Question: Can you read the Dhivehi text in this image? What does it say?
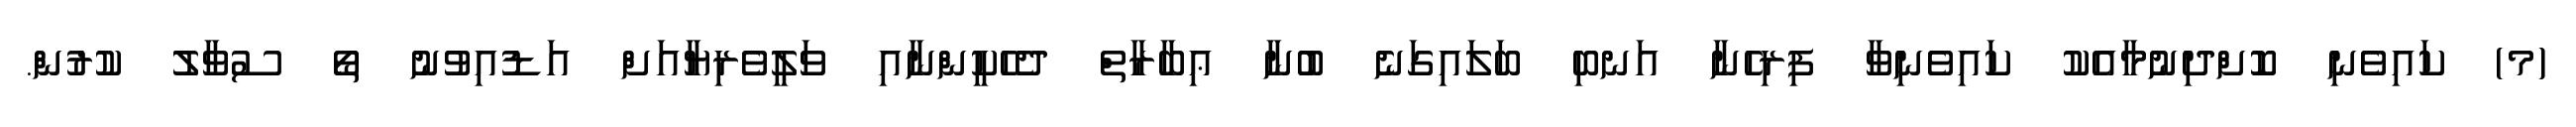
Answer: (މ) ކައިވެނި ކޮށްދިނުމާއެކު ކައިވެނިވާ ފިރިހެނާ އަނބި ބަލައިގަނެ ބުނާ ޢިބާރާތް ދެހެކީންނާއި ވަލީވެރިޔާއަށް އަޑުއިވުނު ތޯ ސުވާލު ކުރުން.